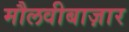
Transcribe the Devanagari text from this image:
मौलवीबाज़ार